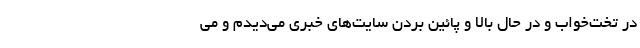
در تخت‌خواب و در حال بالا و پائین بردن سایت‌های خبری می‌دیدم و می